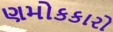
ણમોકકારો